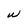
Character: w